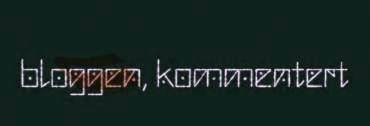
bloggen, kommentert